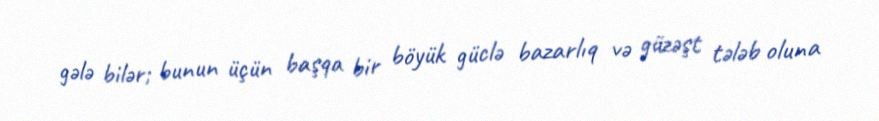
gələ bilər; bunun üçün başqa bir böyük güclə bazarlıq və güzəşt tələb oluna